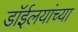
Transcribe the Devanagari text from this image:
डाॅईलयांच्या